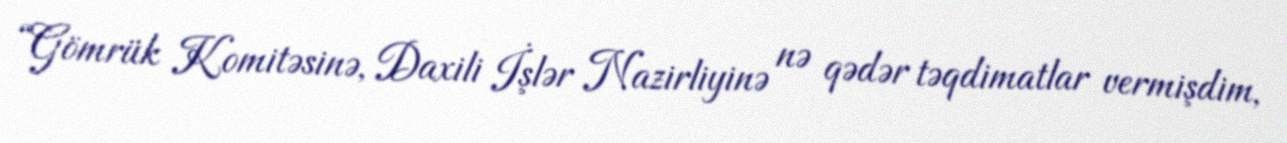
“Gömrük Komitəsinə, Daxili İşlər Nazirliyinə nə qədər təqdimatlar vermişdim,